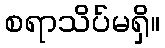
စရာသိပ်မရှိ။